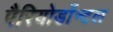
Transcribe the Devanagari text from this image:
पैरियोडाँन्टल